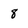
Character: 8